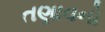
તણાવનો